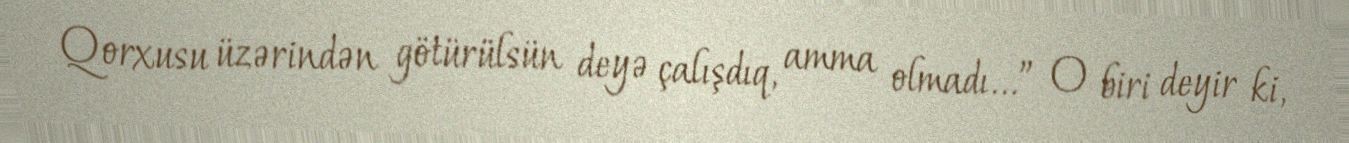
Qorxusu üzərindən götürülsün deyə çalışdıq, amma olmadı...” O biri deyir ki,